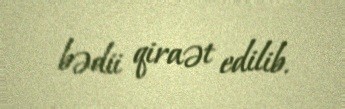
bədii qiraət edilib.